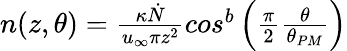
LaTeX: \begin{array}{r}{n(z,\theta)=\frac{\kappa\dot{N}}{u_{\infty}\pi z^{2}}cos^{b}\left(\frac{\pi}{2}\frac{\theta}{\theta_{PM}}\right)}\end{array}